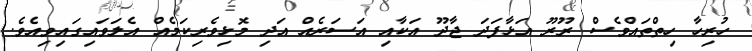
ހުރިހާ ހިތްތައްވެސް ރޫރޫ އަޅާފަދަ ޖާދޫ އަކާއި އަސަރެއް އަދި މޮޅިވެރިކަމެއް އެލަވައިގައިވިއެވެ.